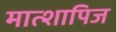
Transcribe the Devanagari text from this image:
मात्शापिज